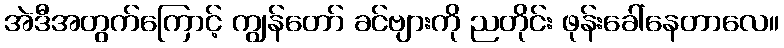
အဲဒီအတွက်ကြောင့် ကျွန်တော် ခင်ဗျားကို ညတိုင်း ဖုန်းခေါ်နေတာလေ။